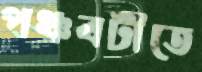
পঞ্চবটীতে